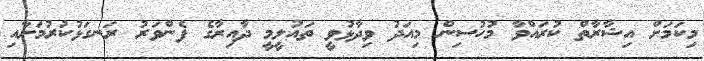
މިކަމަށް އިޝާރާތް ކުރައްވާ މުހުސިން މިއަދު ވިދާޅުވީ ތައުލީމީ ދާއިރާގެ ފެންވަރު ރަނގަޅުކުރުމަށާއި